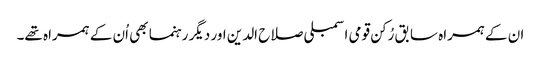
ان کے ہمراہ سابق رُکن قومی اسمبلی صلاح الدین اور دیگر رہنما بھی اُن کے ہمراہ تھے۔